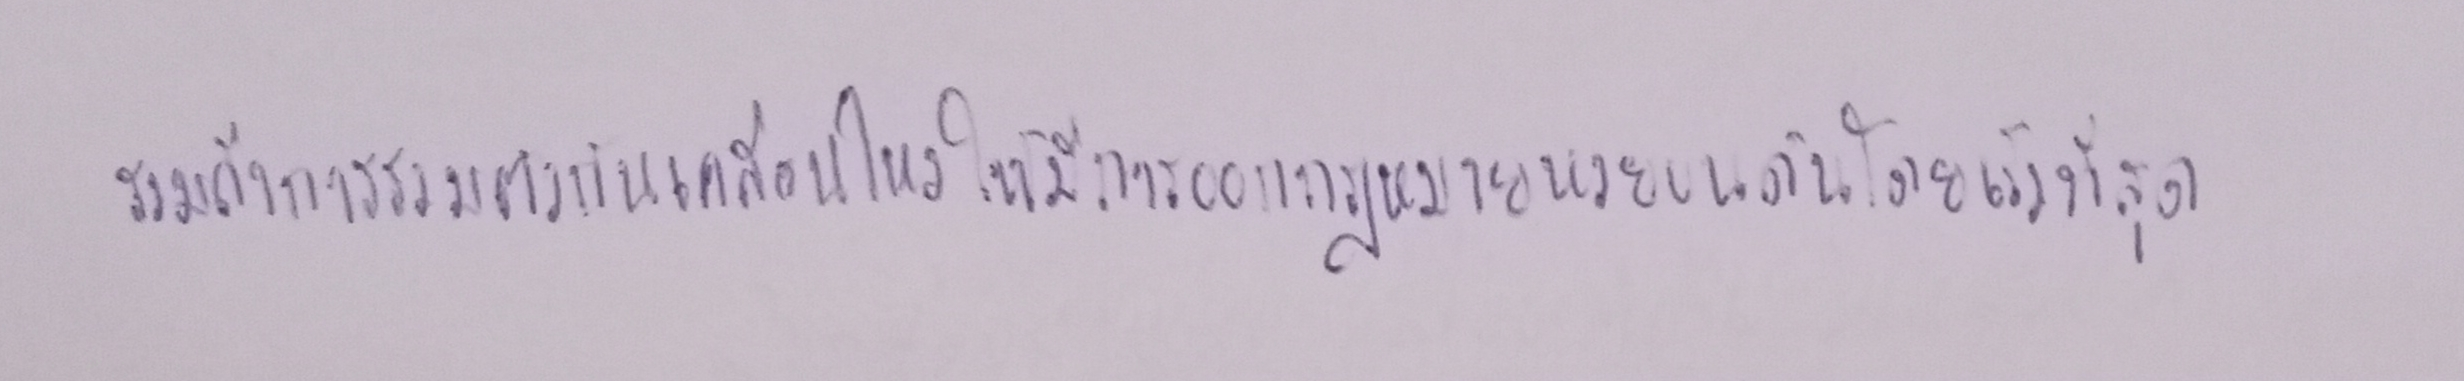
รวมถึงการรวมตัวกันเพื่อเคลื่อนไหวให้มีการออกกฎหมายหวยบนดินโดยเร็วที่สุด